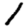
Digit: 1